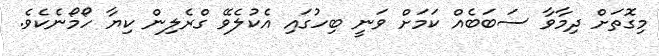
މިގޮތަށް ދިމާވާ ސަބަބެއް ކަމަށް ވަނީ ބިހުގައި އެކުލެވޭ ގްރެލިން ކިޔާ ހޯމޯނެކެވެ.